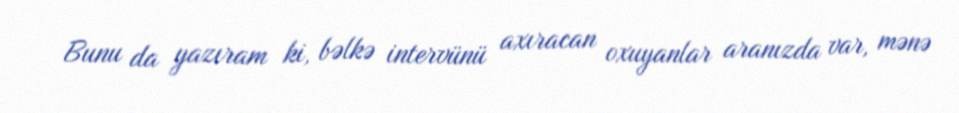
Bunu da yazıram ki, bəlkə intervünü axıracan oxuyanlar aranızda var, mənə